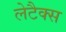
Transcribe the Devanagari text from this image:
लेटैक्स